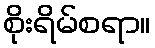
စိုးရိမ်စရာ။